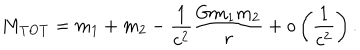
LaTeX: M _ { \mathrm { T O T } } = m _ { 1 } + m _ { 2 } - \frac { 1 } { c ^ { 2 } } \frac { G m _ { 1 } m _ { 2 } } { r } + o \left( \frac { 1 } { c ^ { 2 } } \right) .